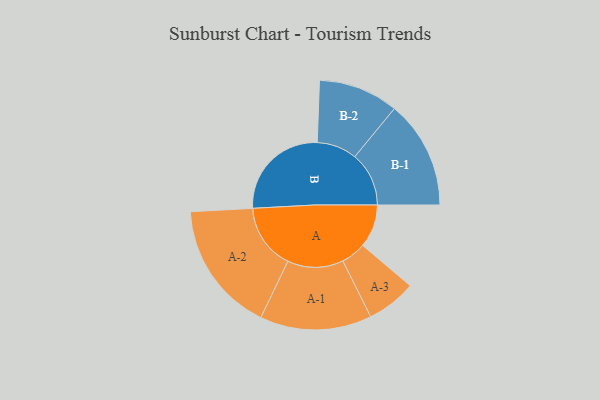
{"axis": {"x": "Segment", "y": "Value"}, "legend": ["", "A", "B"], "data": [{"x": "A", "y": 196, "type": ""}, {"x": "B", "y": 463, "type": ""}, {"x": "A-1", "y": 254, "type": "A"}, {"x": "A-2", "y": 298, "type": "A"}, {"x": "A-3", "y": 113, "type": "A"}, {"x": "B-1", "y": 246, "type": "B"}, {"x": "B-2", "y": 182, "type": "B"}]}